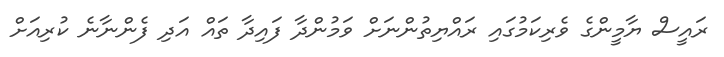
ރައީސް ޔާމީންގެ ވެރިކަމުގައި ރައްޔިތުންނަށް ވަމުންދާ ފައިދާ ތައް އަދި ފެންނާނެ ކުރިއަށް